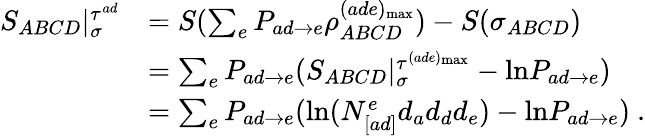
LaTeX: \begin{array}{rl}{S_{ABCD}|_{\sigma}^{\tau^{ad}}}&{=S(\sum_{e}P_{ad\rightarrow e}\rho_{ABCD}^{(ade)_{\mathrm{max}}})-S(\sigma_{ABCD})}\\ &{=\sum_{e}P_{ad\rightarrow e}(S_{ABCD}|_{\sigma}^{\tau^{(ade)_{\mathrm{max}}}}-\mathrm{ln}P_{ad\rightarrow e})}\\ &{=\sum_{e}P_{ad\rightarrow e}(\mathrm{ln}(N_{[ad]}^{e}d_{a}d_{d}d_{e})-\mathrm{ln}P_{ad\rightarrow e})~.}\end{array}